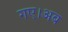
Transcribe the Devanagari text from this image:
गए।अब